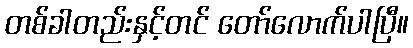
တစ်ခါတည်းနှင့်တင် တော်လောက်ပါပြီ။